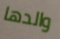
والدها